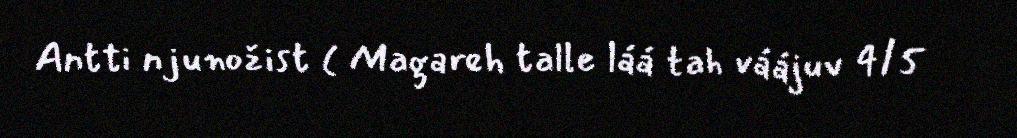
Antti njunožist ( Magareh talle láá tah váájuv 4/5